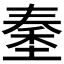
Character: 𡏑